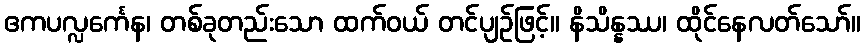
ဧကပလ္လင်္ကေန၊ တစ်ခုတည်းသော ထက်ဝယ် တင်ပျဉ်ဖြင့်။ နိသိန္နဿ၊ ထိုင်နေလတ်သော်။